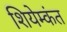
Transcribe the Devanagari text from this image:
शियेम्कंत